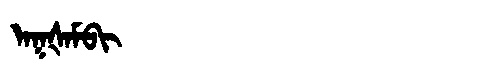
Manchu: ᠠᡴᡧᠠᠮᠪᡳ
Romanization: AKŠAMBI